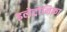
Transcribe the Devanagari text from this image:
इलेट्रोनिका